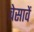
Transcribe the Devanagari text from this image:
वेसावें